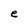
Character: e